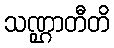
သဏ္ဌာတီတိ